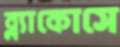
ব্ল্যাকোসে